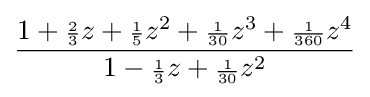
{\frac {1+{\scriptstyle {\frac {2}{3}}}z+{\scriptstyle {\frac {1}{5}}}z^{2}+{\scriptstyle {\frac {1}{30}}}z^{3}+{\scriptstyle {\frac {1}{360}}}z^{4}}{1-{\scriptstyle {\frac {1}{3}}}z+{\scriptstyle {\frac {1}{30}}}z^{2}}}